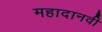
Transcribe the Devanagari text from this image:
महादानवी